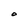
Character: O